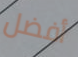
أفضل